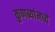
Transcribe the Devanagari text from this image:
कुणब्यांमध्ये